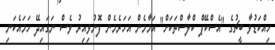
ހިއްކަޑުވާ ބީޗުގެ "އެސްކޭޕް ކްލާސްތަކަށް" އަމާމެން އަހަރެމެން ފޮނުވިއިރު ވެސް ނަގައިދޭ ހަމައެކަނި